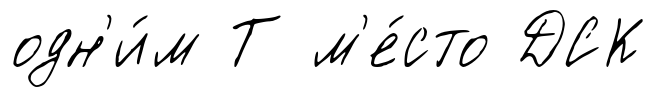
одн'и́м Т м'е́сто ДСК